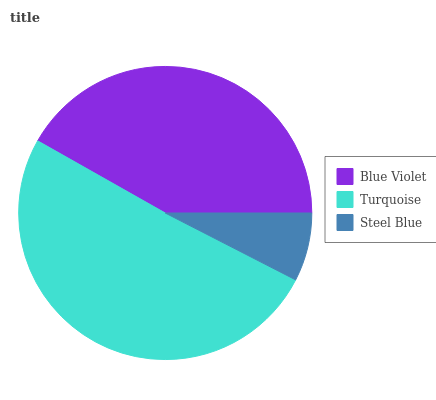
| Blue Violet | Turquoise | Steel Blue |
 | --- | --- | --- |
 | 41.9% | 50.6% | 7.54% |